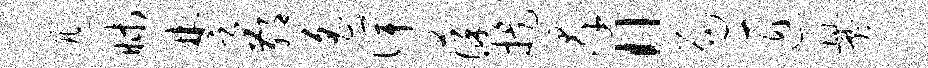
迅昧楚鄙遥俾葆提群“局匠爨